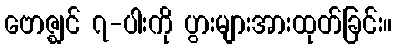
ဗောဇ္ဈင် ၇-ပါးကို ပွားများအားထုတ်ခြင်း။